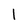
Character: l